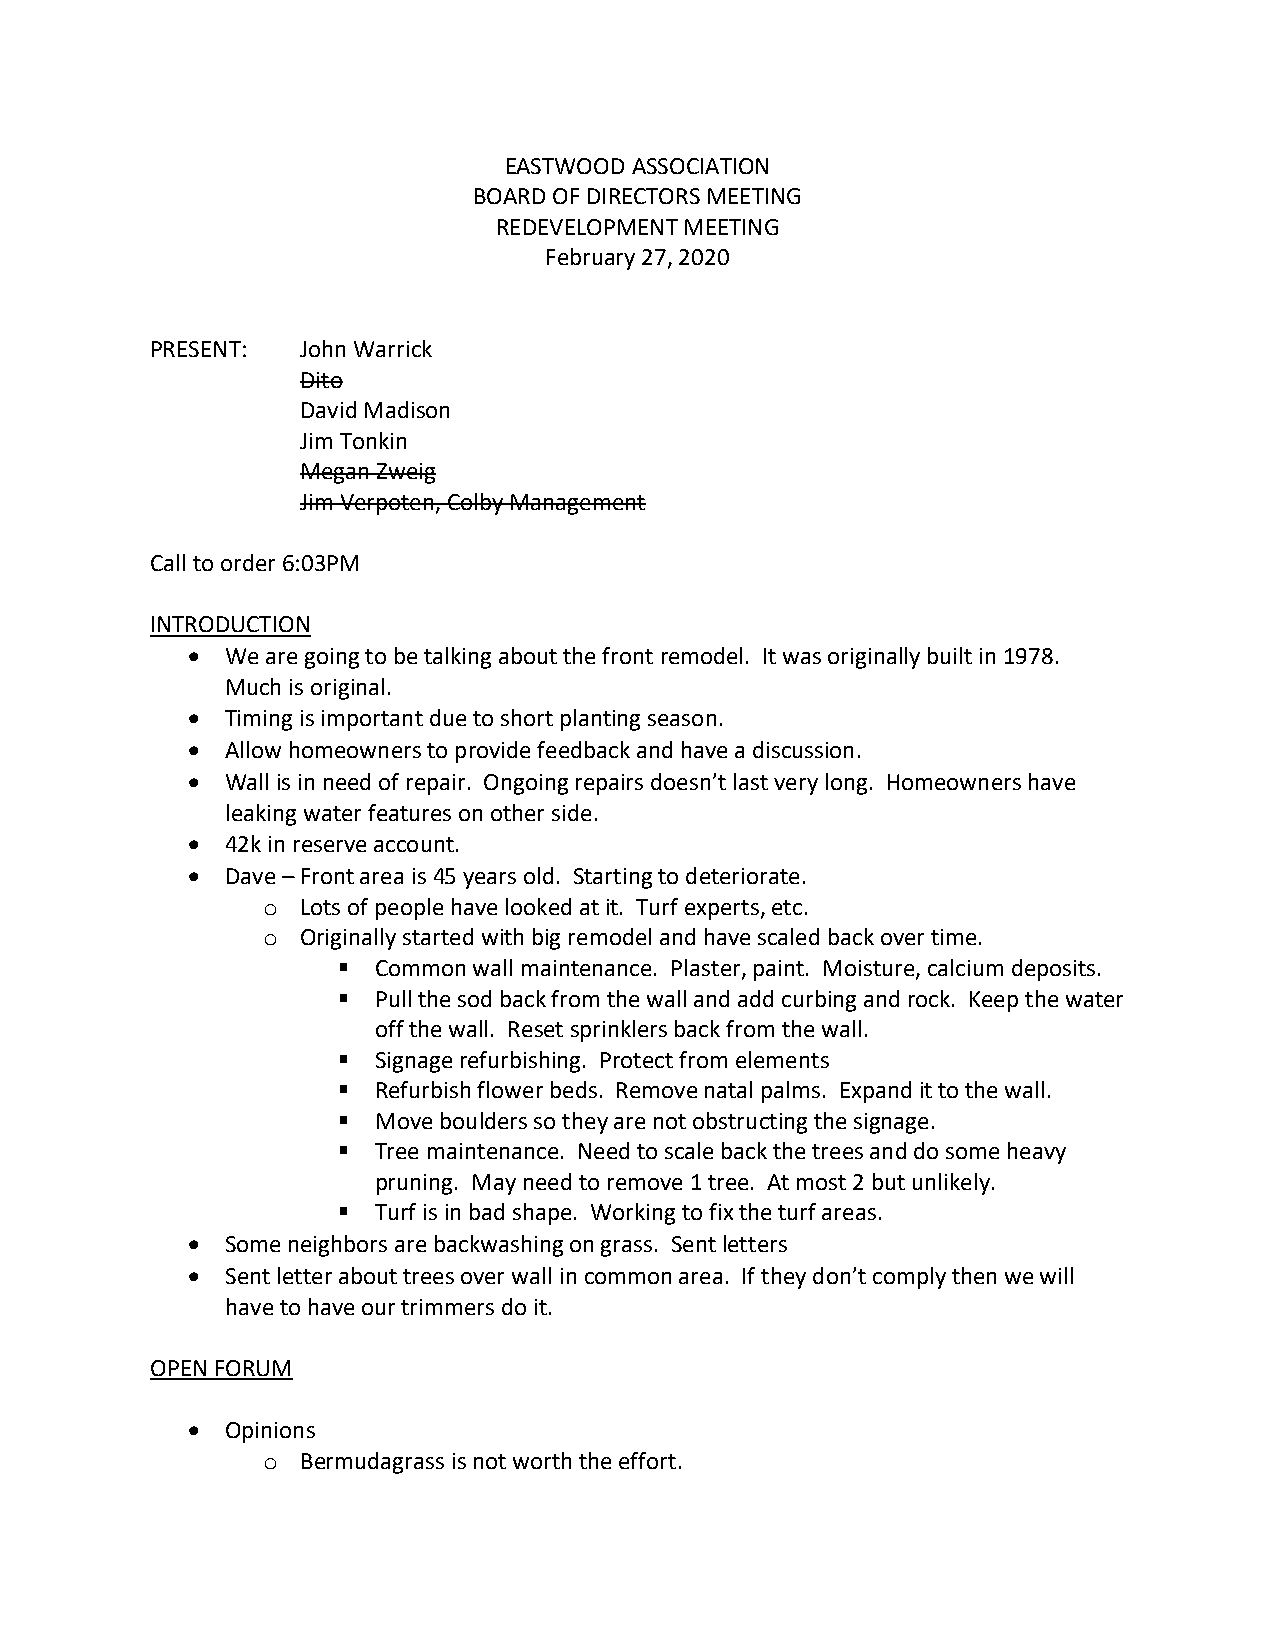
EASTWOOD ASSOCIATION
 BOARD OF DIRECTORS MEETING
 REDEVELOPMENT MEETING
 February 27, 2020
 PRESENT:  John Warrick
 Dito
 David Madison
 Jim Tonkin
 Megan Zweig
 Jim Verpoten, Colby Management
 Call to order 6:03PM
 INTRODUCTION
 •  We are going to be talking about the front remodel. It was originally built in 1978.
 Much is original.
 •  Timing is important due to short planting season.
 •  Allow homeowners to provide feedback and have a discussion.
 •  Wall is in need of repair. Ongoing repairs doesn’t last very long. Homeowners have
 leaking water features on other side.
 •  42k in reserve account.
 •  Dave – Front area is 45 years old. Starting to deteriorate.
 o  Lots of people have looked at it. Turf experts, etc.
 o  Originally started with big remodel and have scaled back over time.
 ▪  Common wall maintenance. Plaster, paint. Moisture, calcium deposits.
 ▪  Pull the sod back from the wall and add curbing and rock. Keep the water
 off the wall. Reset sprinklers back from the wall.
 ▪  Signage refurbishing. Protect from elements
 ▪  Refurbish flower beds. Remove natal palms. Expand it to the wall.
 ▪  Move boulders so they are not obstructing the signage.
 ▪  Tree maintenance. Need to scale back the trees and do some heavy
 pruning. May need to remove 1 tree. At most 2 but unlikely.
 ▪  Turf is in bad shape. Working to fix the turf areas.
 •  Some neighbors are backwashing on grass. Sent letters
 •  Sent letter about trees over wall in common area. If they don’t comply then we will
 have to have our trimmers do it.
 OPEN FORUM
 •  Opinions
 o  Bermudagrass is not worth the effort.